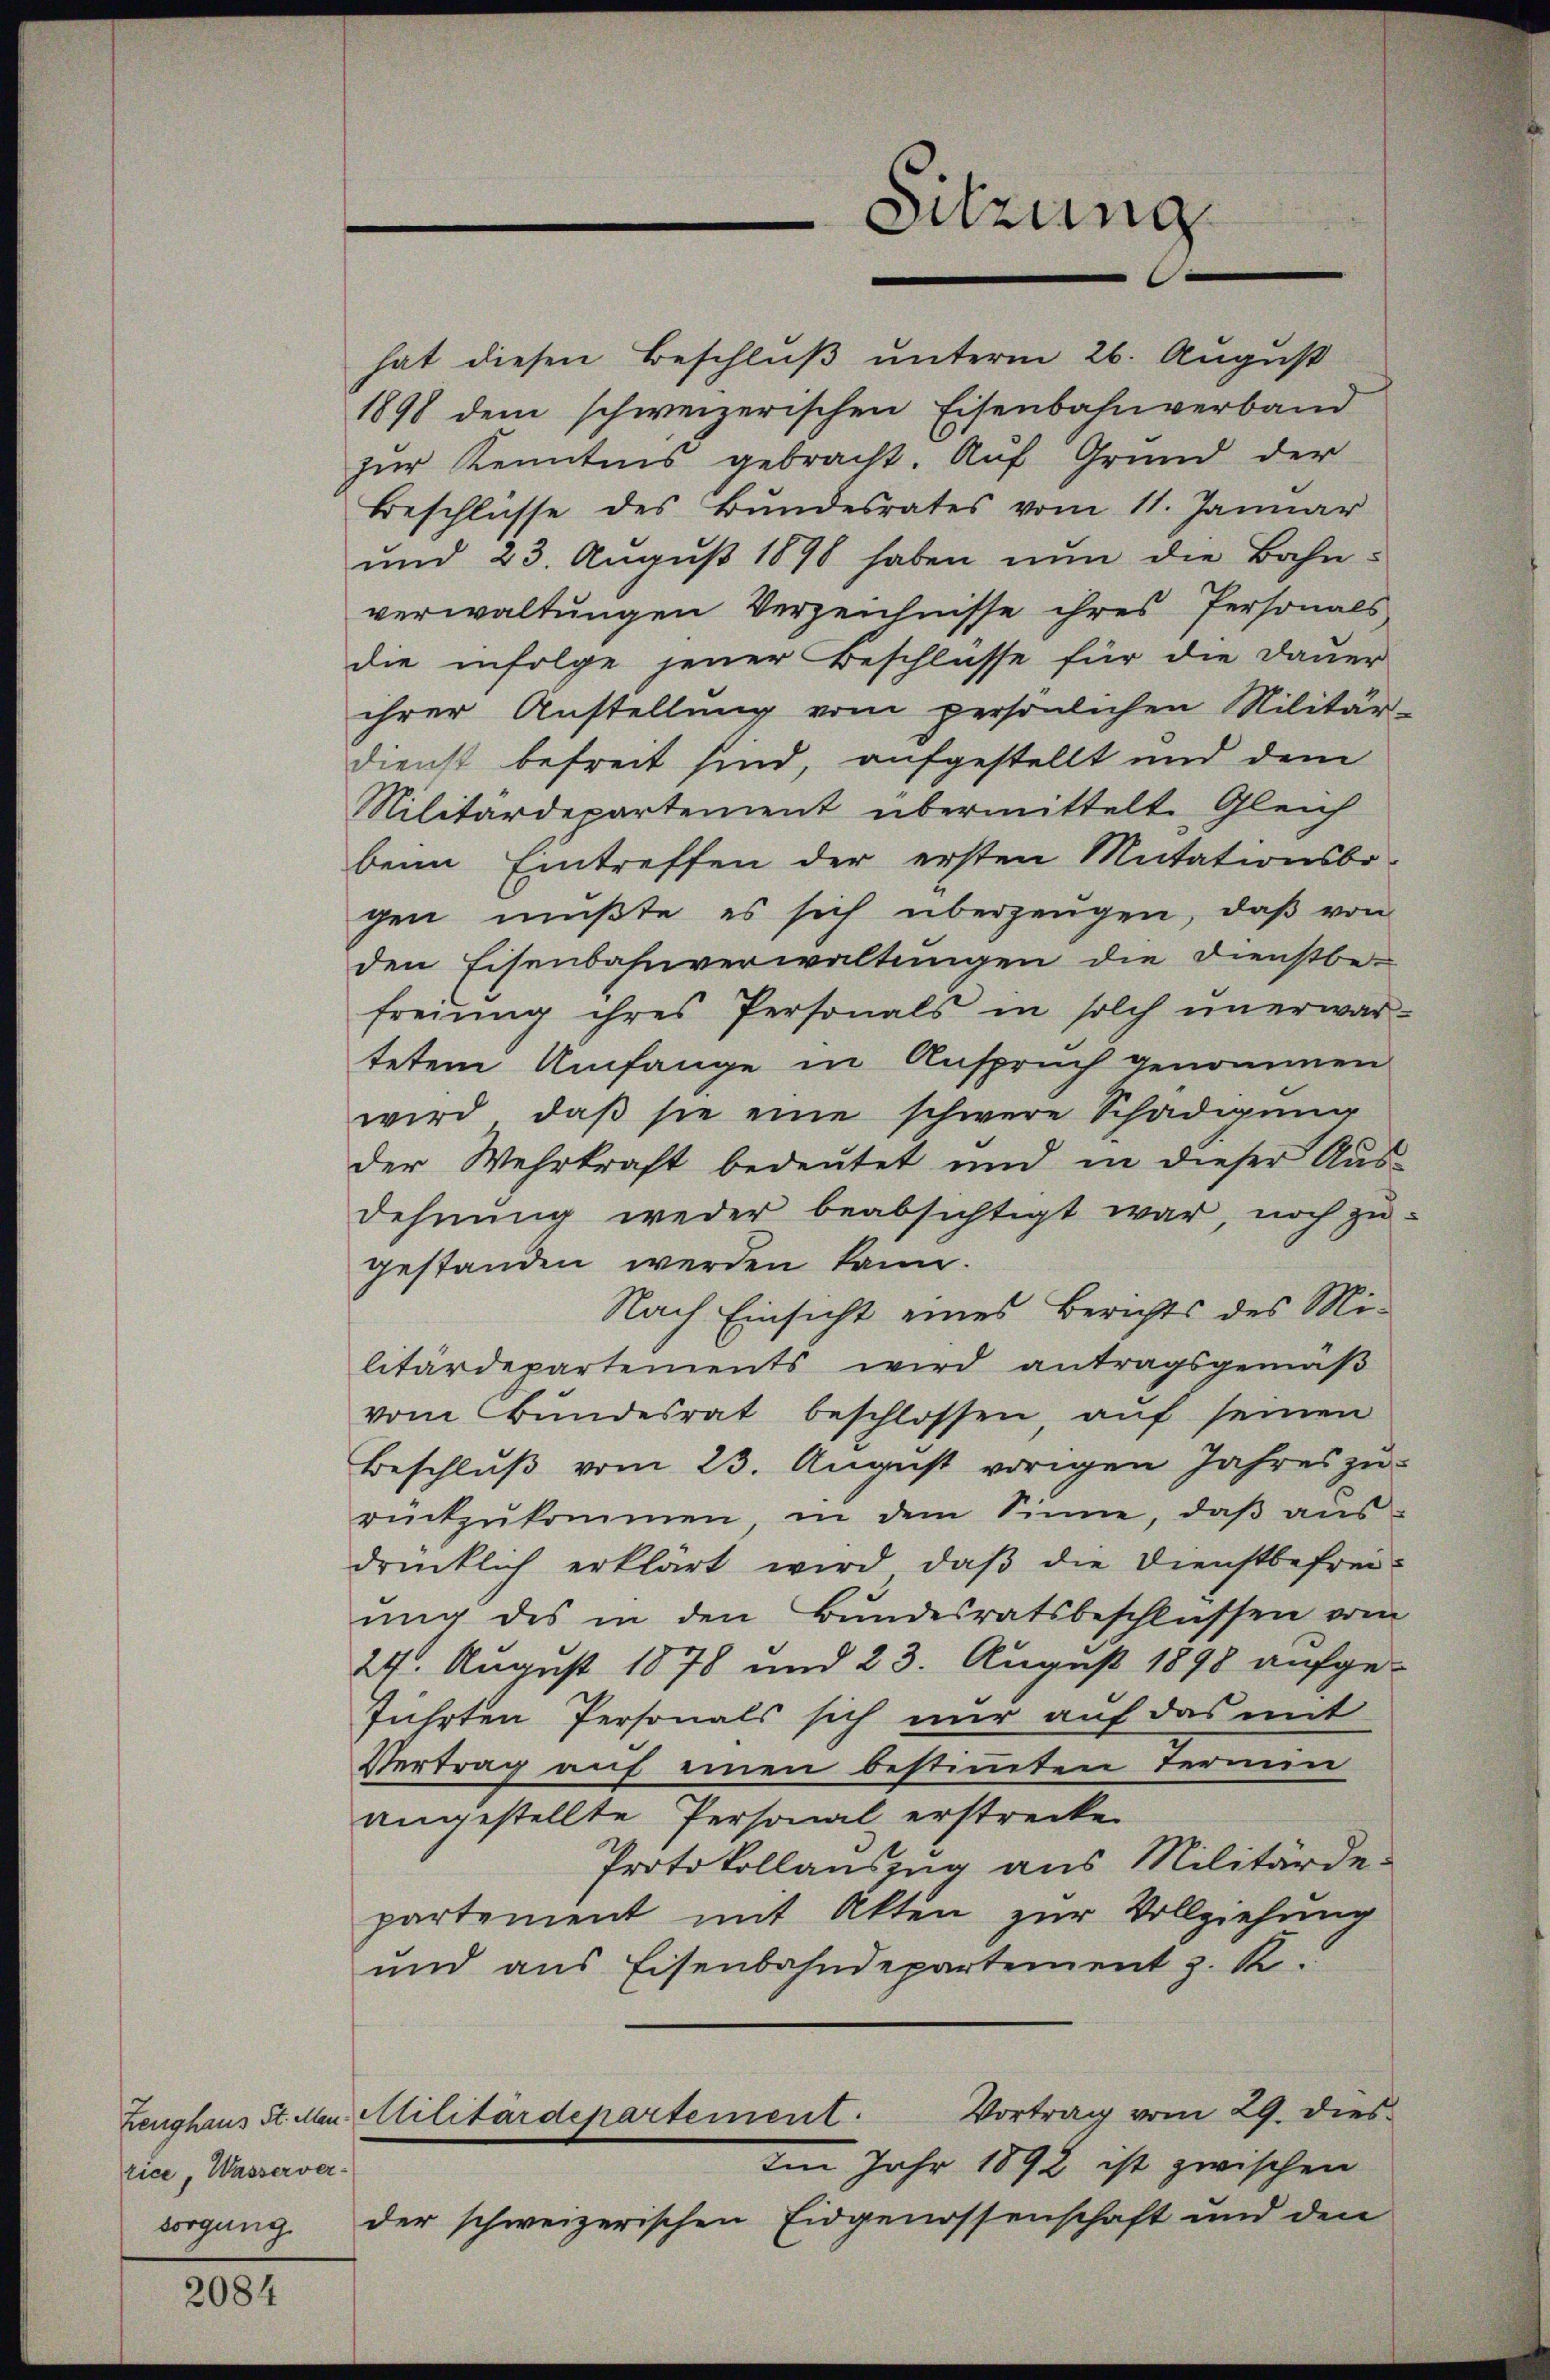
rice, Wasserversorgung

2084

hat diesen Beschluß unterm 26. August
1898 dem schweizerischen Eisenbahnverband
zŭr Kenntnis gebracht. Aŭf Grund der
Beschlüsse des Bundesrates vom 11. Januar
und 23. August 1898 haben nun die Bahn-
verwaltungen Verzeichnisse ihres Personals
die infolge jener Beschlusse für die Dauer
ihrer Anstellung vom persönlichen Militär-
dienst befreit sind, aufgestellt und dem
Nilitärdepartement übermittelt. Gleich
beim Eintreffen der ersten Mutationsbe-
gen müßte, es sich überzeugen, daß von
den Eisenbahnverwaltungen die Dienstbe-
freiung ihres Personals in solch unerwar-
tetem Umfange in Anspruch genommen
wird, daβ sie eine schwere Schädigung
der Wehrkraft bedeutet und in dieser Aus-
dehnung weder beabsichtigt war, noch zu-
gestanden werden kann.
Nach Einsicht eines Berichts des Militärdepartements wird antragsgemäβ
vom Bŭndesrat beschlossen, aŭf seinen
Beschluß vom 23. August vorigen Jahres zurückzŭkommen in dem Sinne, daβ aŭs-
drücklich erklärt wird, daβ die Dienstbefrei-
ung des in den Bundesratsbeschlüssen vom
24. August 1878 und 23. August 1898 aufge-
führten Personals sich nur auf das mit
Vertrag auf einen bestimmten Termin
angestellte Personal erstrecken
Protokollauszug aus Militärde-
partement mit Akten zur Vollziehung
und aus Eisenbahndepartement z. R.
Vortrag vom 29. dies
Zeughaus St. Mn Militärdepartement.
Im Jahr 1892 ist zwischen
der schweizerischen Eidgenossenschaft und den

Sitzung